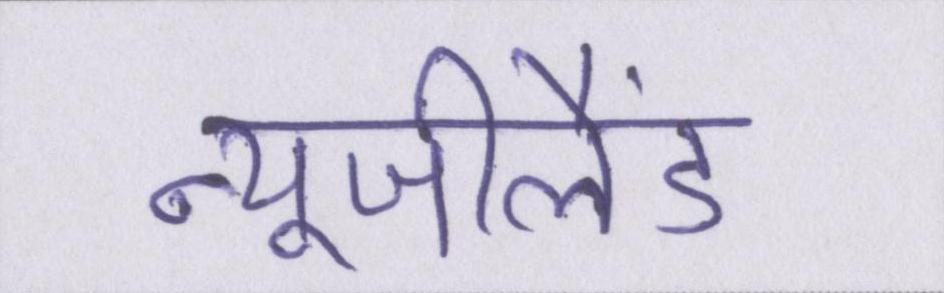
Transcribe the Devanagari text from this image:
न्यूजीलैंड